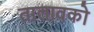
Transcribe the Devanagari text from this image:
तालावको